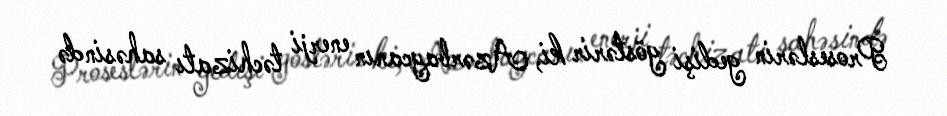
Proseslərin gedişi göstərir ki, Azərbaycanın enerji təchizatı sahəsində